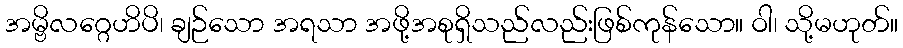
အမ္ဗိလဂ္ဂေဟိပိ၊ ချဉ်သော အရသာ အဖို့အစုရှိသည်လည်းဖြစ်ကုန်သော။ ဝါ၊ သို့မဟုတ်။